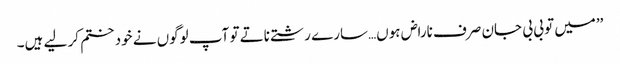
’’میں تو بی بی جان صرف ناراض ہوں…سارے رشتے ناتے تو آپ لوگوں نے خود ختم کر لیے ہیں۔